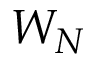
W _ { N }